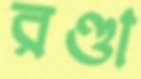
রণ্ডা